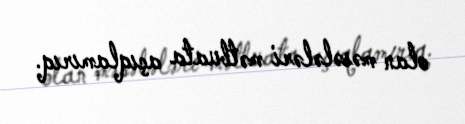
olan məsələləri mətbuata açıqlamırıq.